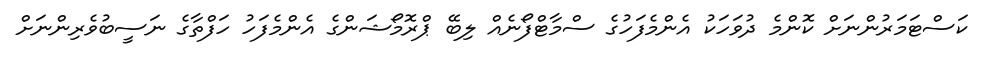
ކަސްޓަމަރުންނަށް ކޮންމެ ދުވަހަކު އެންމެފަހުގެ ސްމާޓްފޯނެއް ލިބޭ ޕްރޮމޯޝަންގެ އެންމެފަހު ހަފްތާގެ ނަސީބުވެރިންނަށް